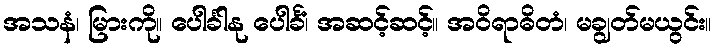
အသနံ၊ မြားကို။ ပေါင်္ခါနု ပေါင်္ခံ၊ အဆင့်ဆင့်။ အဝိရာဓိတံ၊ မချွတ်မယွင်း။